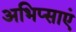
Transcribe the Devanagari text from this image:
अभिप्साएं